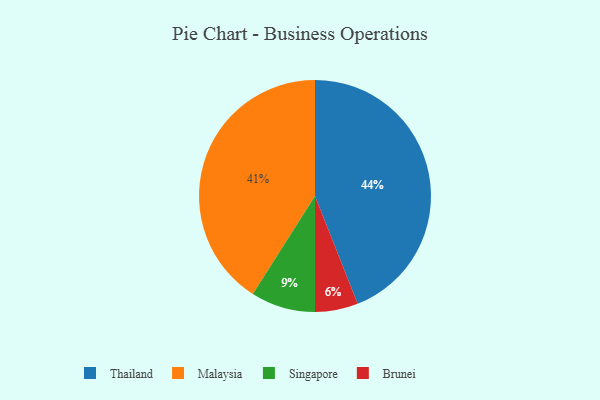
{"axis": {"x": "Category", "y": "Percentage"}, "legend": ["Brunei", "Malaysia", "Singapore", "Thailand"], "data": [{"x": "Malaysia", "y": 41, "type": "Malaysia"}, {"x": "Brunei", "y": 6, "type": "Brunei"}, {"x": "Thailand", "y": 44, "type": "Thailand"}, {"x": "Singapore", "y": 9, "type": "Singapore"}]}